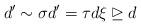
LaTeX: \begin{gather*}d' \sim \sigma d' = \tau d \xi \unrhd d\end{gather*}